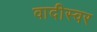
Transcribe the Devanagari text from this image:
वादीस्वर